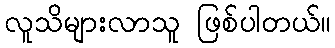
လူသိများလာသူ ဖြစ်ပါတယ်။